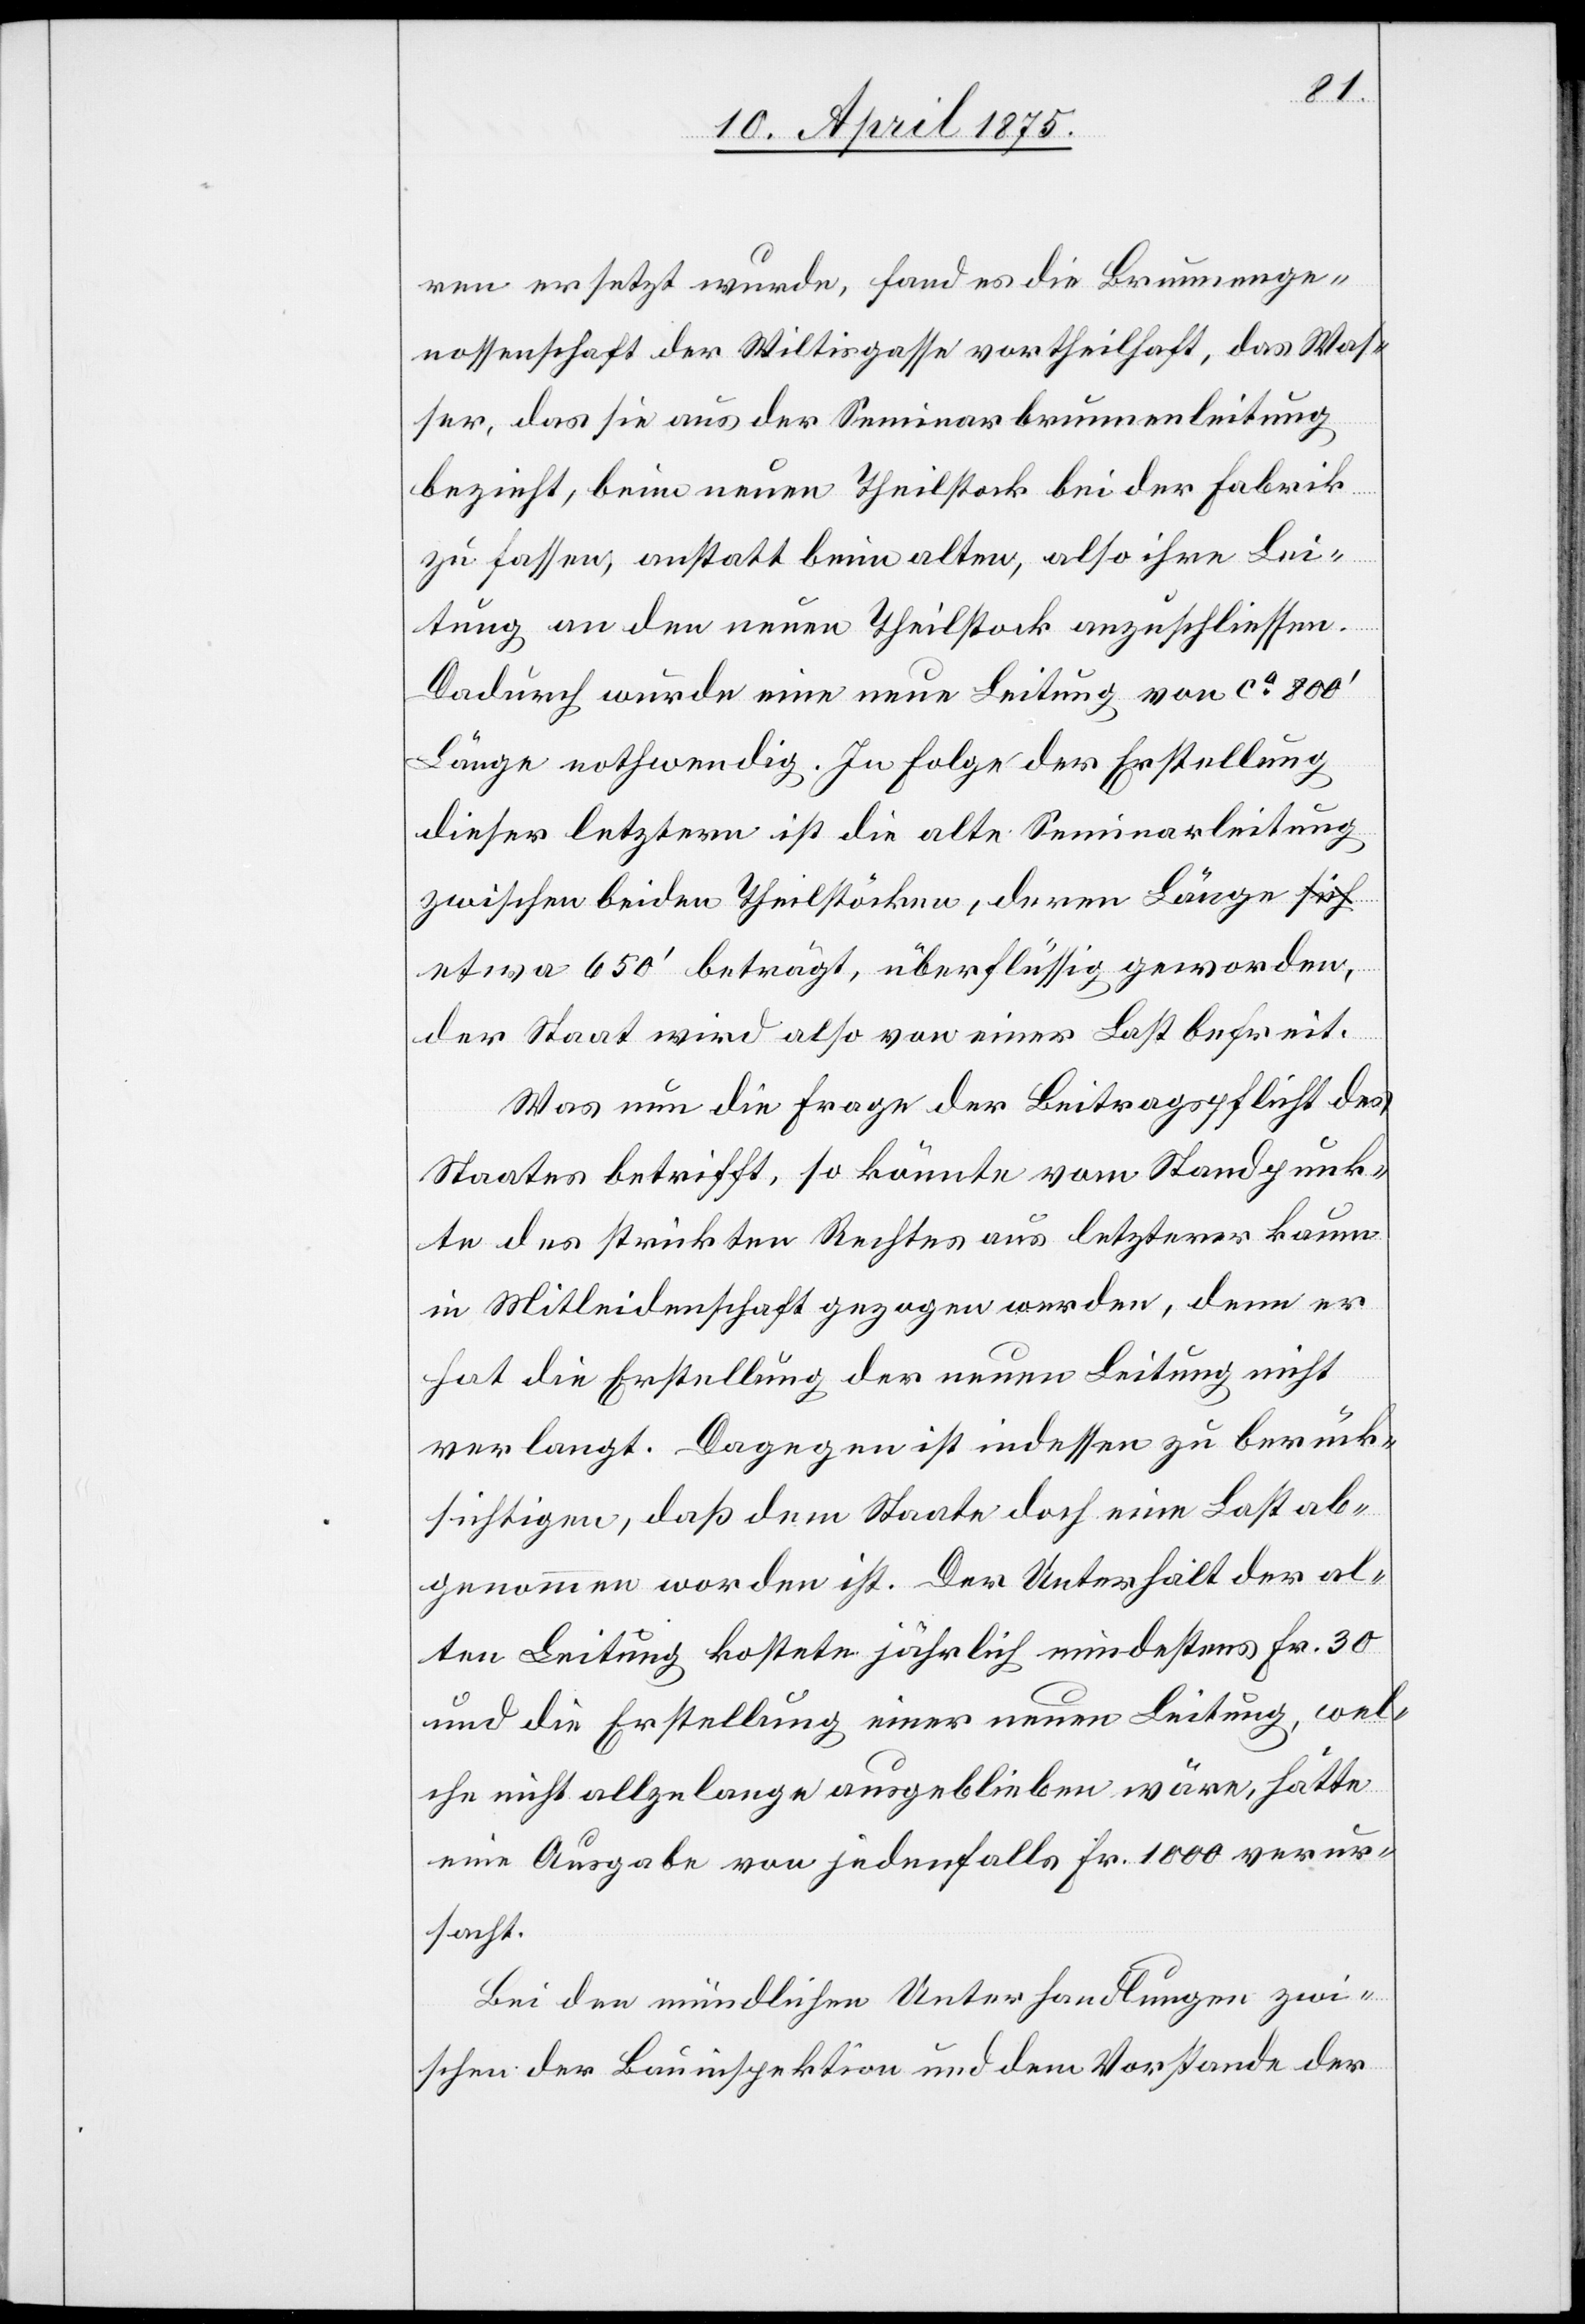
ren ersetzt wurde, fand es die Brunnenge¬
nossenschaft der Wiltisgasse vortheilhaft, das Was¬
ser, das sie aus der Seminarbrunnenleitung
bezieht, beim neuen Theilstock bei der Fabrik
zu lassen, anstatt beim alten, also ihre Lei¬
tung an den neuen Theilstock anzuschliessen.
Dadurch wurde eine neue Leitung von ca 800‘
Länge nothwendig. In Folge der Erstellung
dieser letztern ist die alte Seminarleitung
zwischen beiden Theilstöcken, deren Länge e¬
twa 650‘ beträgt, überflüssig geworden,
der Staat wird also von einer Last befreit.
Was nun die Frage der Beitragspflicht des
Staates betrifft, so könnte vom Standpunk¬
te des strikten Rechtes aus letzterer kaum
in Mitleidenschaft gezogen werden, denn er
hat die Erstellung der neuen Leitung nicht
verlangt. Dagegen ist indessen zu berück¬
sichtigen, daß dem Staate doch eine Last ab¬
genommen worden ist. Der Unterhalt der al¬
ten Leitung kostete jährlich mindestens Fr. 30
und die Erstellung einer neuen Leitung, wel¬
che nicht allzu lange ausgeblieben wäre, hätte
eine Ausgabe von jedenfalls Fr. 1000 verur¬
sacht.
Bei den mündlichen Unterhandlungen zwi¬
schen der Bauinspektion und dem Vorstande der